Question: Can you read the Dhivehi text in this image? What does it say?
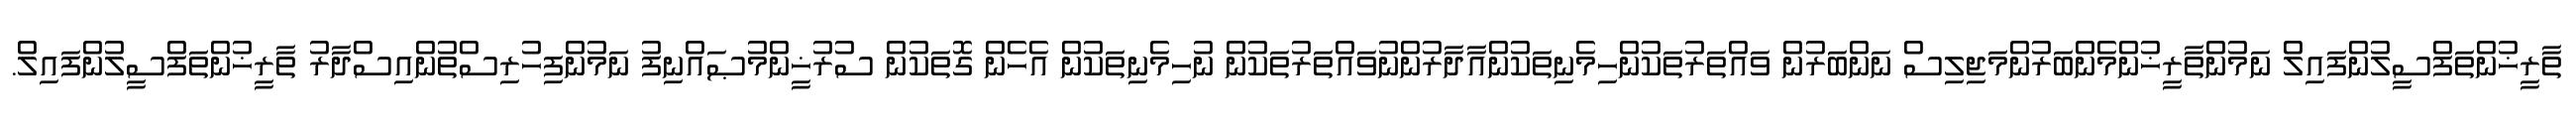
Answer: ތާރީޚުންތަފްސީލުންފައިލް ނަމުންތާރީޚުންމެންބަރުންމަޖިލިސް ނަންބަރުން ވައްތަރުތަކުންހިމެނިތަކުންއާދާރުންނުވައްތަރުތަކުން ނުހިމެނިތަކުން އެހެން ގޮތަކުން ސުރުޚީންމުޞައްނިފު ނަމުންފިހުރިސްތުންއިސްދާރު ތާރީޚުންތަފްސީލުންފައިލް.